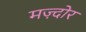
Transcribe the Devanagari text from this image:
मज़्दोर